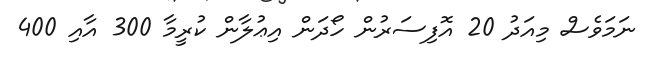
ނަމަވެސް މިއަދު 20 އޮފިސަރުން ހޯދަން އިޢުލާން ކުރީމާ 300 އާއި 400